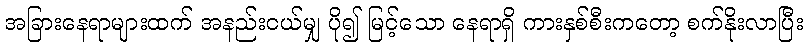
အခြားနေရာများထက် အနည်းငယ်မျှ ပို၍ မြင့်သော နေရာရှိ ကားနှစ်စီးကတော့ စက်နိုးလာပြီး